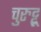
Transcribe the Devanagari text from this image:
चुरुट्टू